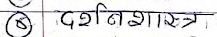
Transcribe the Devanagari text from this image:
दर्शनशास्त्र